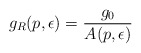
\begin{align*}g_R(p, \epsilon ) = \frac{g_0}{A(p, \epsilon )}\end{align*}